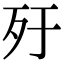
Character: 𣦿